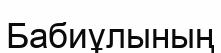
Бабиұлының